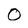
Character: 0